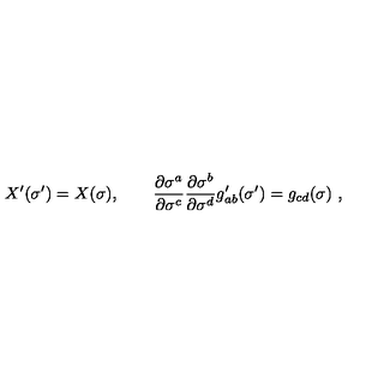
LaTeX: X ^ { \prime } ( \sigma ^ { \prime } ) = X ( \sigma ) , \qquad \frac { \partial \sigma ^ { a } } { \partial \sigma ^ { c } } \frac { \partial \sigma ^ { b } } { \partial \sigma ^ { d } } g _ { a b } ^ { \prime } ( \sigma ^ { \prime } ) = g _ { c d } ( \sigma ) \ ,